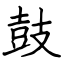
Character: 鼓